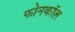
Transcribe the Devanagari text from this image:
फोनकाॅल